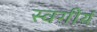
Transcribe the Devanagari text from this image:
स्वगीर्य